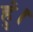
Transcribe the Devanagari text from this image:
हुं।